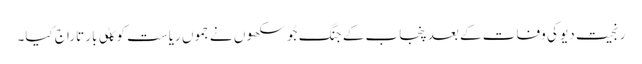
رنجیت دیو کی وفات کے بعد پنجاب کے جنگ جُو سکھوں نے جموں ریاست کو کٸی بار تاراج کیا۔